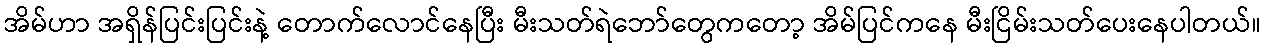
အိမ်ဟာ အရှိန်ပြင်းပြင်းနဲ့ တောက်လောင်နေပြီး မီးသတ်ရဲဘော်တွေကတော့ အိမ်ပြင်ကနေ မီးငြိမ်းသတ်ပေးနေပါတယ်။